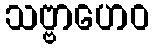
သဗ္ဗာဟေဝ